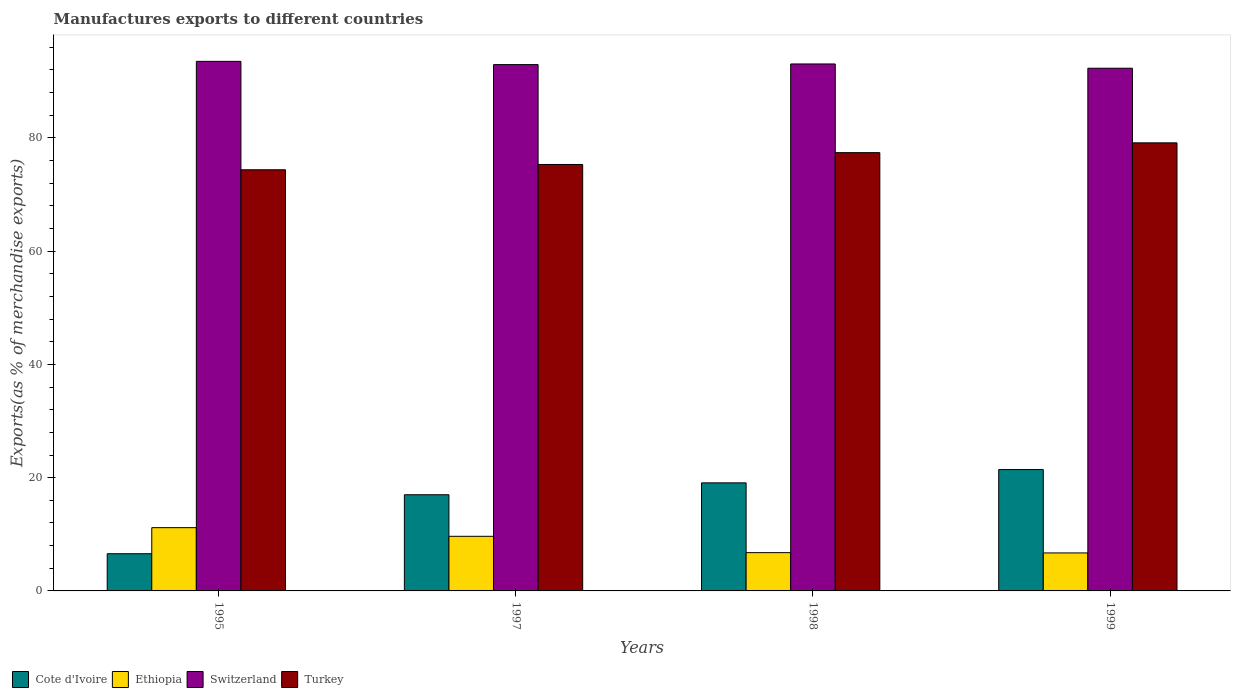
| Years | Cote d'Ivoire | Ethiopia | Switzerland | Turkey |
 | --- | --- | --- | --- | --- |
 | 1995 | 6.57 | 11.2 | 93.5 | 74.4 |
 | 1997 | 17 | 9.65 | 92.9 | 75.3 |
 | 1998 | 19.1 | 6.76 | 93 | 77.4 |
 | 1999 | 21.4 | 6.71 | 92.3 | 79.1 |